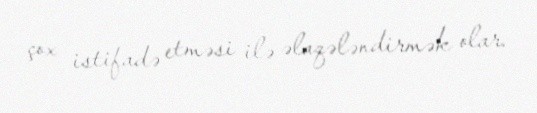
çox istifadə etməsi ilə əlaqələndirmək olar.